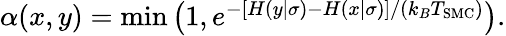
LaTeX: \begin{array}{r}{\alpha(x,y)=\mathrm{min}\left(1,e^{-[H(y|\sigma)-H(x|\sigma)]/(k_{B}T_{\mathrm{SMC}})}\right).}\end{array}